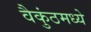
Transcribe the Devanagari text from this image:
वैकुंठमध्ये